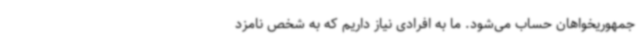
جمهوریخواهان حساب می‌شود. ما به افرادی نیاز داریم که به شخص نامزد